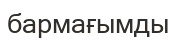
бармағымды